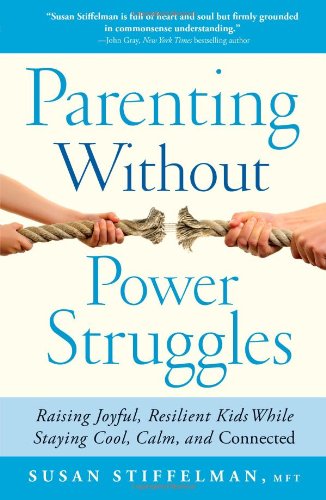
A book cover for Parenting Without Power Struggles: Raising Joyful, Resilient Kids While Staying Cool, Calm, and Connected; Susan Stiffelman; Parenting & Relationships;